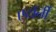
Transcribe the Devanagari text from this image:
एटाॅर्नी